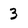
Character: 3